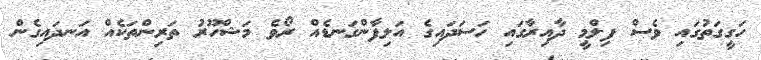
ހަގީގަތުގައި ވެސް ފިލްމީ ދާއިރާގައި ހަސަދައިގެ އަލިފާންގަނޑެއް ރޯވެ މަޝްހޫރު ތަރިންތަކެއް އަނދައިގެން